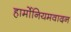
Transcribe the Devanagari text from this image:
हार्मोनियमवादन